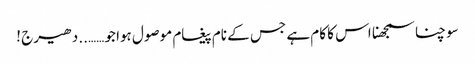
سوچنا سمجھنا اس کا کام ہے جس کے نام پیغام موصول ہوا جو ……..دھیرج !